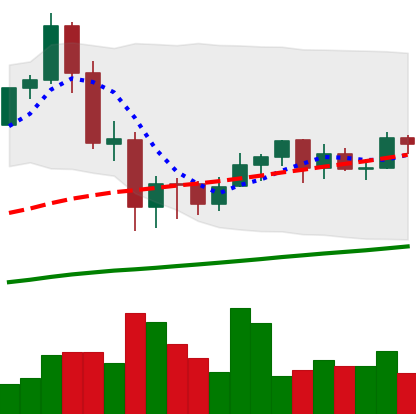
Ticker: ETH-USD
Chart end date: 2020-09-18
Forward return: -16.455%
Label: down_7plus